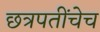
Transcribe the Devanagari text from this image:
छत्रपतींचेच